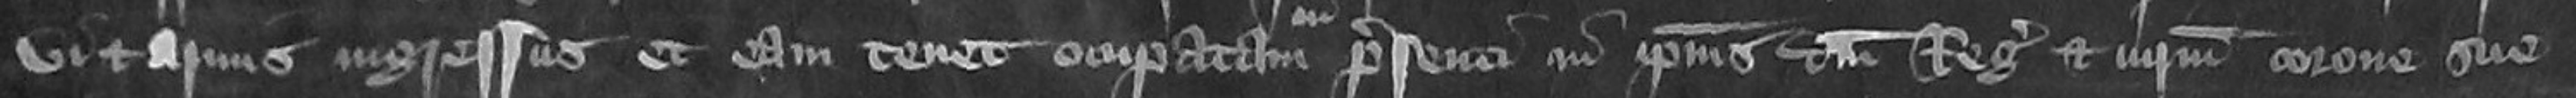
vi et armis ingressus et eam tenet occupatam in presenti in ipsius domini Regis et iurium corone sue